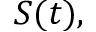
S ( t ) ,